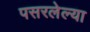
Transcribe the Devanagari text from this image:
पसरलेल्‍या